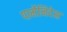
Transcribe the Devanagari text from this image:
पार्मेनिदेस